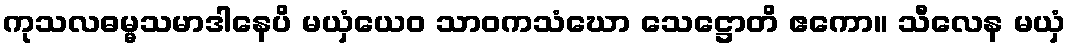
ကုသလဓမ္မသမာဒါနေပိ မယှံယေဝ သာဝကသံဃော သေဋ္ဌောတိ ဧကော။ သီလေန မယှံ